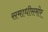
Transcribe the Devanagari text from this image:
समाधीसमोर